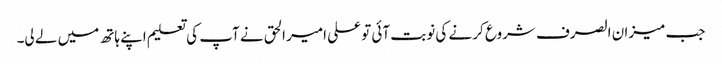
جب میزان الصرف شروع کر نے کی نوبت آئی تو علی امیر الحق نے آپ کی تعلیم اپنے ہاتھ میں لے لی۔